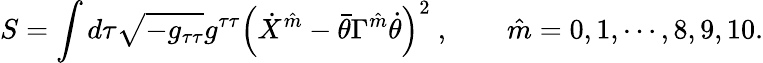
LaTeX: S=\int d\tau\sqrt{-g_{\tau\tau}}g^{\tau\tau}\left(\dot{X}^{\hat{m}}-\bar{\theta}\Gamma^{\hat{m}}\dot{\theta}\right)^{2}\ ,\qquad\hat{m}=0,1,\cdots,8,9,10.